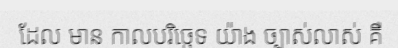
ដែល មាន កាលបរិច្ឆេទ យ៉ាង ច្បាស់លាស់ គឺ